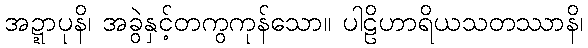
အဍ္ဍာပုနိ၊ အခွဲနှင့်တကွကုန်သော။ ပါဠိဟာရိယသတဿာနိ၊